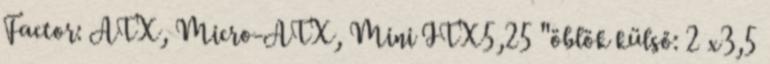
Factor: ATX, Micro-ATX, Mini ITX5,25 "öblök külső: 2 x3,5